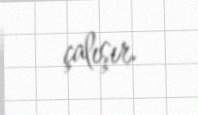
çalışır.